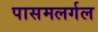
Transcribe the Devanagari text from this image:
पासमलर्गल